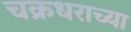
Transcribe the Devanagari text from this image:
चक्रधराच्या